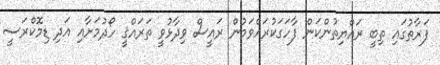
ފަރާތުގައި ތިބީ ރައްޔިތުންކަން ފާހަގަކުރައްވަމުން ރައީސް ވިދާޅުވީ ތަރައްޤީ ހޯދުމަށާއި އަދި ޑިމޮކްރަސީ